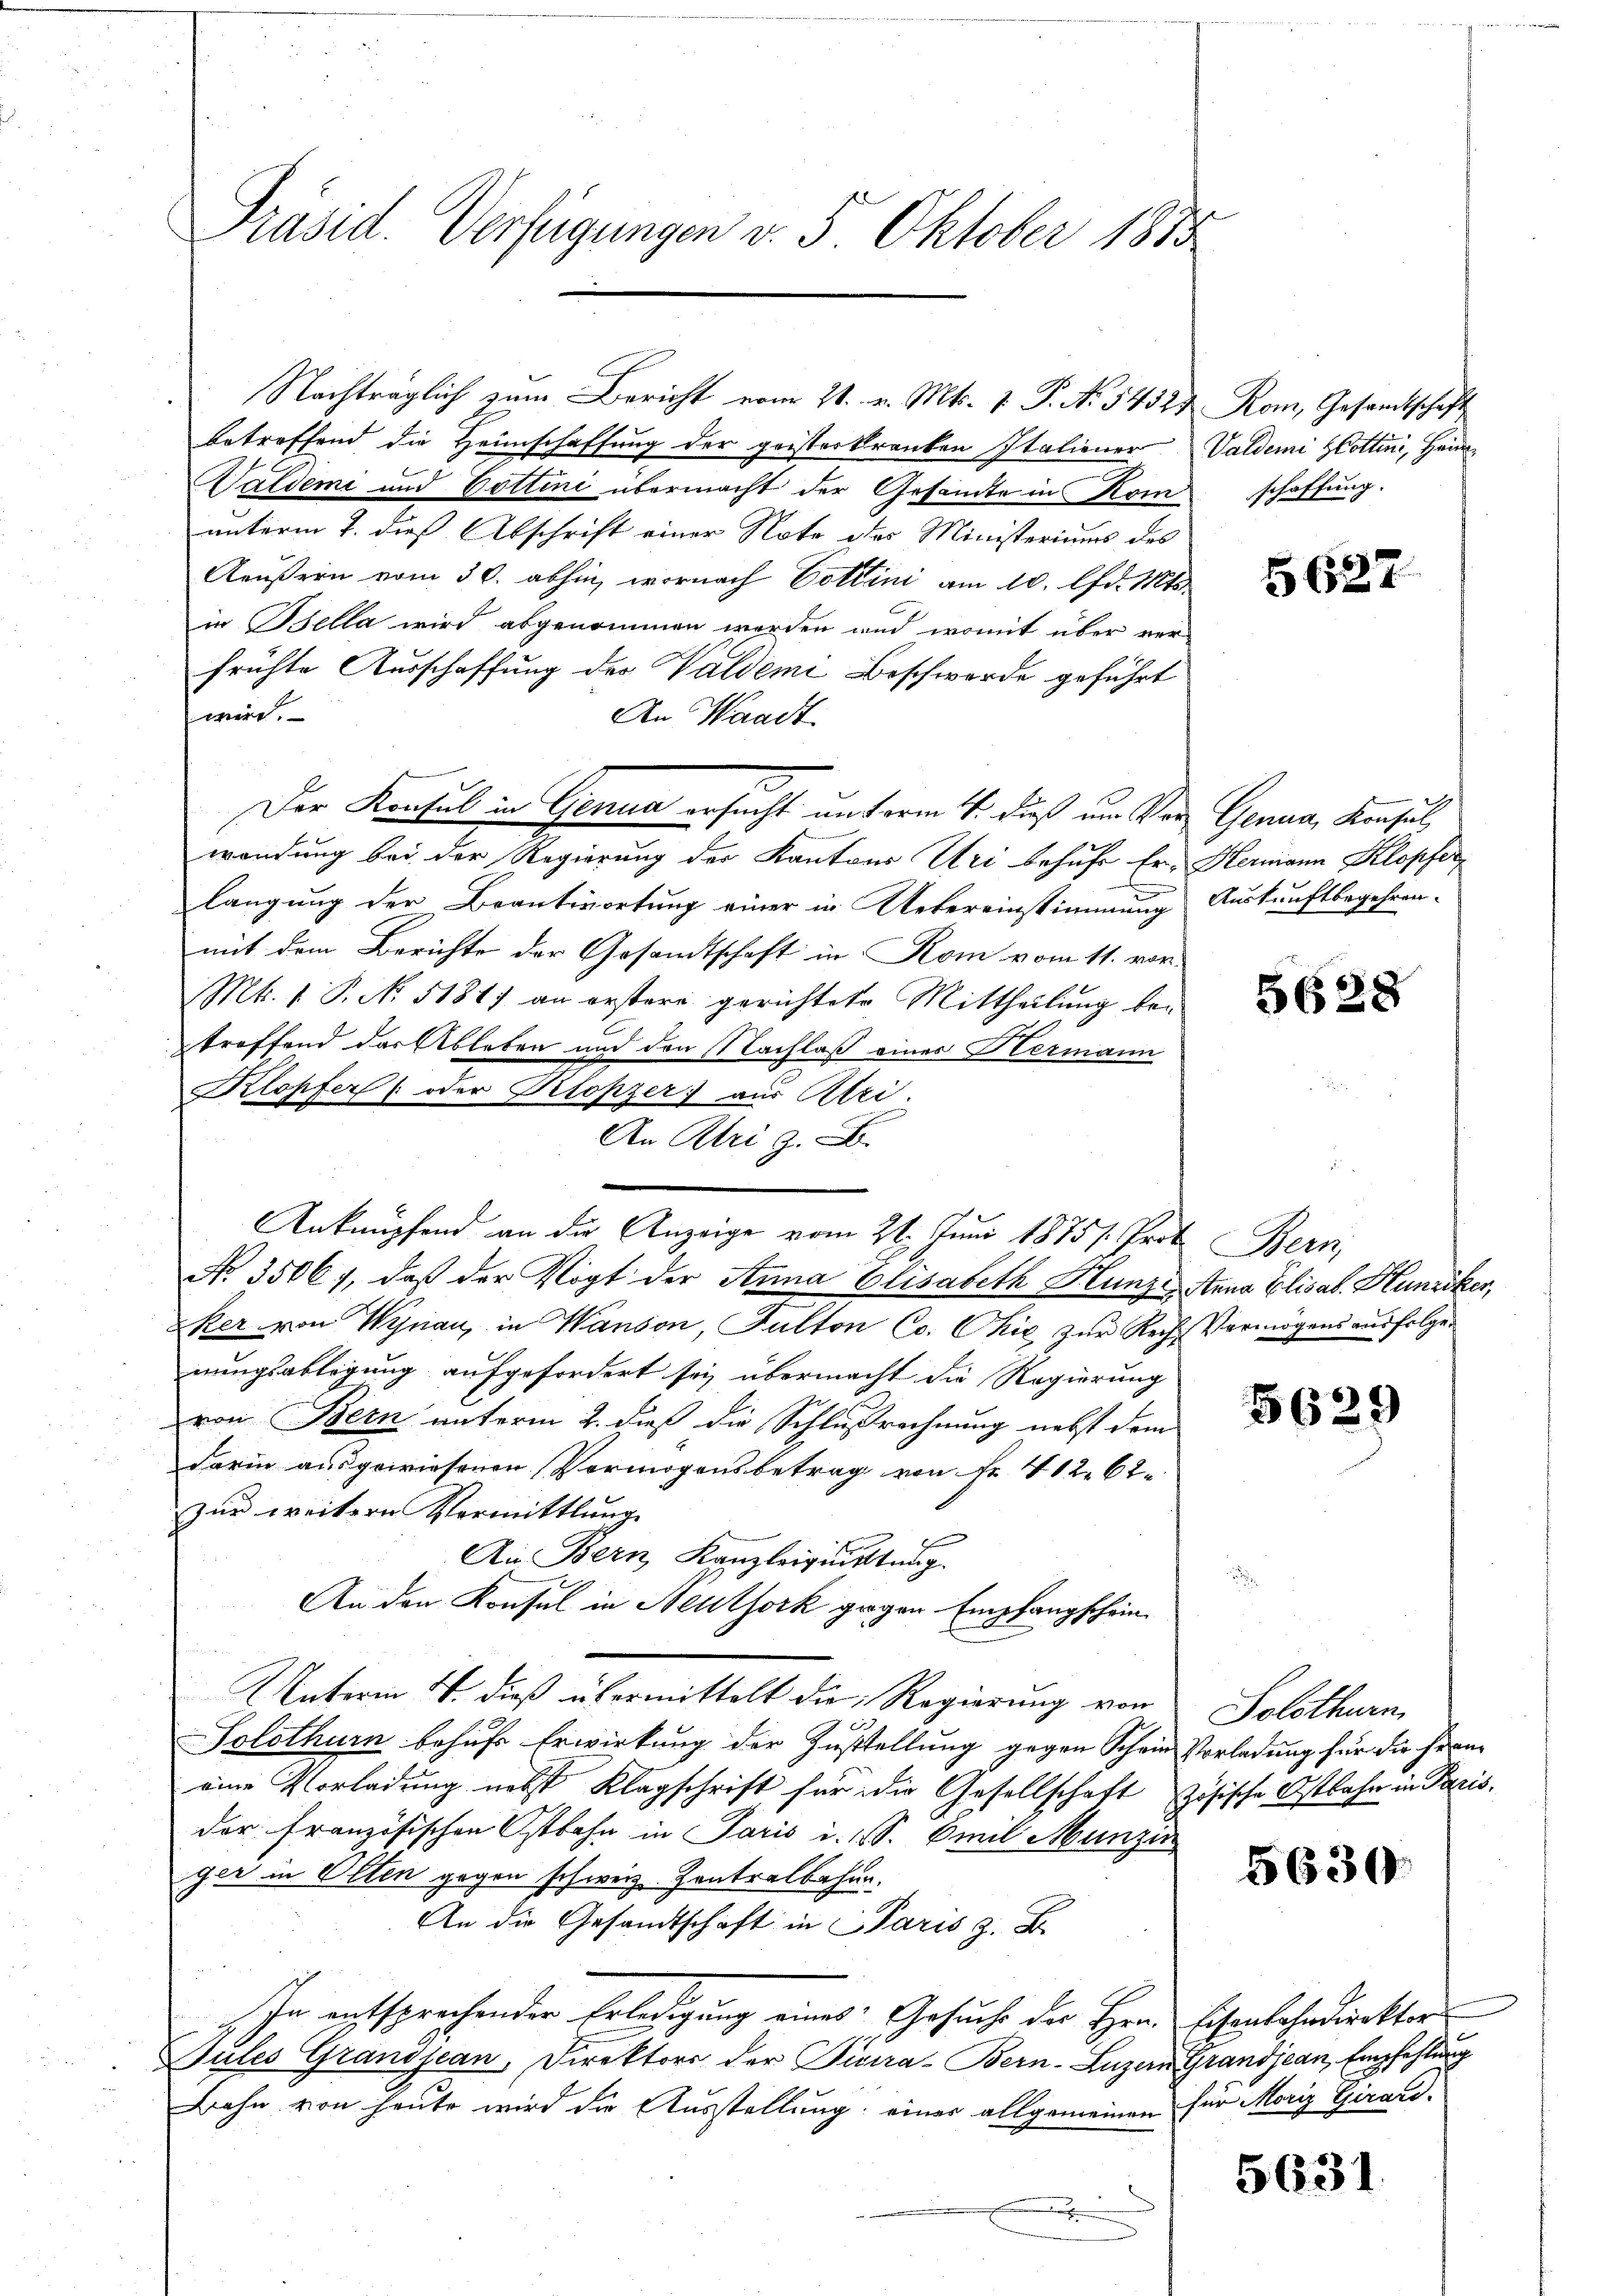
Präsid. Verfügungen v. 5. Oktober 1885

Klopfer (oder Klopzer; aus Ulri

Nachträglich zum Bericht vom 21. v. Mts. v. P. No. 54521
betreffend die Heimschaffung der geisterkranken Italiener
Waldemi und Dottini übermacht der Gesandte in Kom
unterm 7. dieß Abschrift einer Note des Ministeriums des
Aeußern vom 30. abhin, wornach Cottini am 10. lfd. 1161
in Bella wird abgenommen worden und womit über verfrühte Ausschaffung der Waldeme Beschwerde geführt
wird.
An Waadt
Der Konsul in Genua ersucht unterm 4. Fuß um Vor Genua, Konsul
wendung bei der Regierung der Kantons Uri behufe Er, Hermann Klopfer,
langung der Beantwortung einer in Uebereinstimmung
mit dem Berichte der Gesandtschaft in Rom vom 11. vor.
Mt. 1 P. No. 5181) an erstere gerichtete Mittheilŭng be-
troffend der Ableben und den Nachlaß eines Hermann
An Uri . .
Anknüpfend an die Anzeige vom 21. Juni 1875. Prof. Bern,
No. 35061, daß der Vogt der Anna Elisabeth Hunze. Anna Elisab. Hunziker,
xker von Wynau, in Wanson, Fulton Co. Chić zur Rech-Vermögens ausfolge
nungsablegung aufgefordert sei übermacht die Regierung
von Bern unterm 2. dieß die Schlußrechnung nebst dem
Darin ausgewiesenen Vermögensbetrag von Fr. 412. 62.
zur weitern Vermittlung
Ain Bern Kanzleizutung.
An den Konsul in Neuthork gegen Empfangschein
Unterm 4. dieß übermittelt die Regierung von
Solothurn behufs Erwirkung der Zustellung gegen Schein Vorladung für die Franeine Vorladung nebst Klagschrift für die Gesellschaft zösische Ostbahn in Paris,
der französischen Ostbahn in Paris i. S. Emil Munzin
ger in Olten gegen schweiz. Kontralbahn.
An die Gesandtschaft in Paris z. B.
In entsprechender Erledigung eines Gesuche der Hrn. Eisenbahndirektor
Jules Grandjean, Direktors der Picra-Bern-Luzern Grandjean, Empfehlung
Bahn von heute wird die Ausstellung einer allgemeinen für Moriz Girard-
.

Rom, Gesandtschaft
Valdeme Hottin, Heim
schaffung.

5627

Auskunftbegehren.

5628

5629

Solothurn

5630.

5631